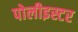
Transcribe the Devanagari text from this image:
पोलीइस्टर